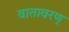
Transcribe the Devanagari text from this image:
वातावरण्